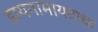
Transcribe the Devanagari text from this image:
डायनामायटाचा